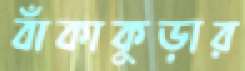
বাঁকাকুড়ার